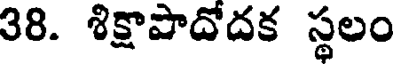
38. శిక్షాపాదోదక స్థలం